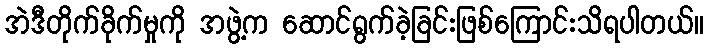
အဲဒီတိုက်ခိုက်မှုကို အဖွဲ့က ဆောင်ရွက်ခဲ့ခြင်းဖြစ်ကြောင်းသိရပါတယ်။